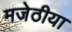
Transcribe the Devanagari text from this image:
मजेठीया